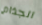
الجذام